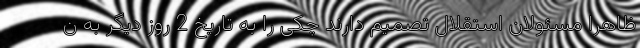
ظاهرا مسئولان استقلال تصمیم دارند چکی را به تاریخ 2 روز دیگر به ن